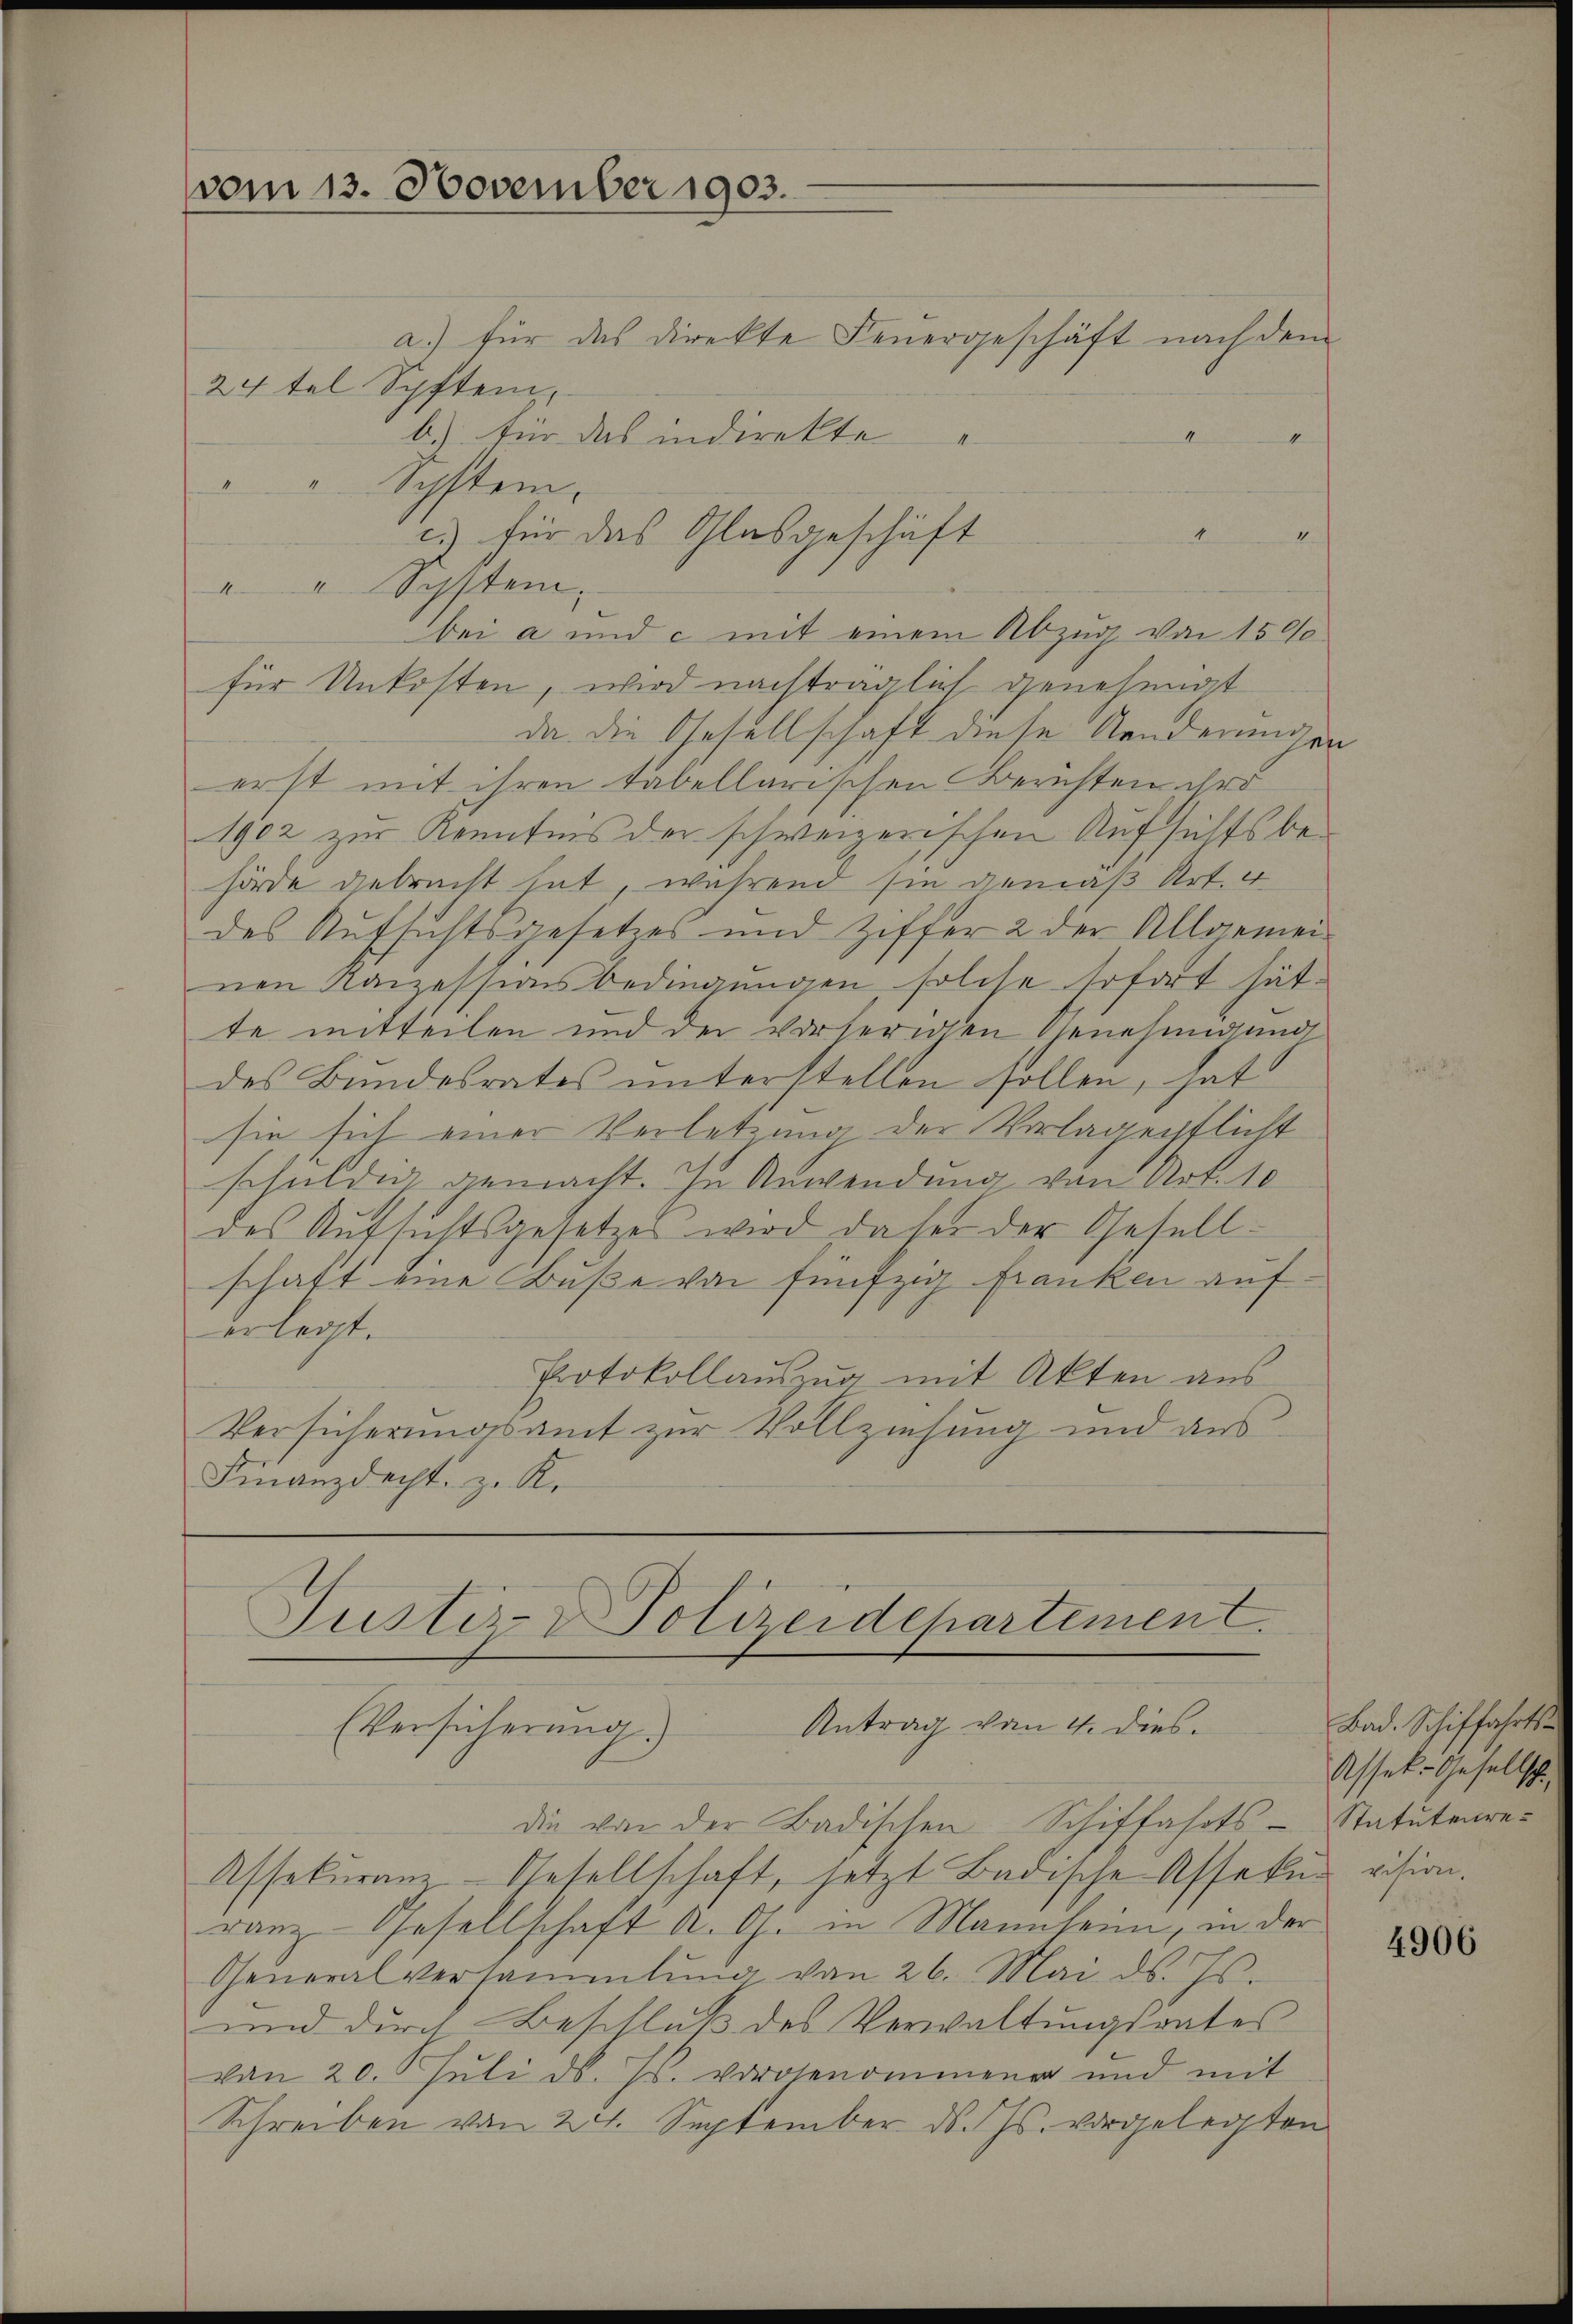
vom 13. November 1903.

a) für das direkte Feuergeschäft nach dem
24tel Spften,
b.) für das indirekte
"System.
e
c.) für das Glasgeschäft
d
 . System.
bei a und c mit einem Abzug von 1500
für Unkosten, wird nachträglich genehmigt
da die Gesellschaft diese Aenderungen
erst mit ihren tabellarischen Berichten ihre
1902 zur Kenntnis der schweizerischen Aufsichtsbehörde gebracht hat, während sie gemäß Art. e
des Aufsichtsgesetzes und Ziffer 2 der Allgemeinen Kanzessionsbedingungen, solche sofort hätte mitteilen und der vorherigen Genehmigung
des Bundesrates unterstellen sollen, hat:
sie sich einer Verletzung der Vorlagenflicht
schuldig gemacht. In Anwendung von Art. 10
des Aufsichtsgesetzes wird dass der Gesellschaft eine Buße von fünfzig Franken auferlegt.
Protokollauszug mit Akten aus
Versicherungsamt zur Vollziehung und aus
Finanzdecht, z. R.

Justiz- & Polizeidepartement.
 Antrag vom 4. dies
Versicherung.)

die von der Badischen Schiffahrts-
Assekŭranz-Gesellschaft, jetzt Badische Assekun vision.
ranz Gesellschaft K. G. in Mannheim, in der
Generalversammlung von 26. Mai d. Js.
und durch Beschluß des Verwaltungsrates
von 20. Juli d. Js. vorgenommener und mit
Schreiben von 24. September d. Js. vorgelegten

Bad. Schiffahrte
Assek-Gesells
.,
Statutenre¬

4906